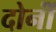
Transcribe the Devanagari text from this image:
दोनोंं